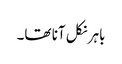
باہر نکل آنا تھا۔